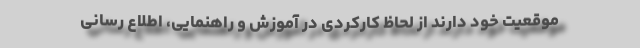
موقعیت خود دارند از لحاظ کارکردی در آموزش و راهنمایی، اطلاع رسانی